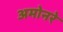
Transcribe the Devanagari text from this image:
अमोनरे